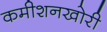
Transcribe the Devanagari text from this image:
कमीशनखोरी